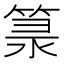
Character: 𥯐